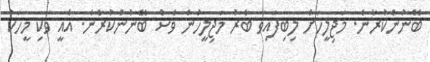
ބޭނުންކުރާނެ. މަޖިލީހަށް ލިބިފައިވާ ބާރު މަޖިލީހުން ވެސް ބޭނުންކުރާނެ. އެއީ ވަކި މީހަކު